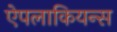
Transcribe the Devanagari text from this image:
ऐपलाकियन्स